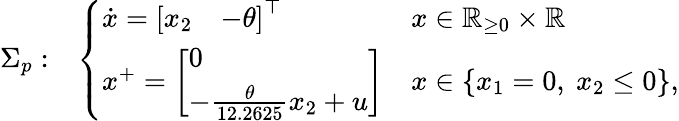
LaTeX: \begin{array}{rl}{\Sigma_{p}:}&{\left\{ \begin{array}{ll}{\dot{x}=\left[\begin{array}{ll}{x_{2}}&{-\theta}\end{array}\right]^{\top}}&{x\in\mathbb{R}_{\geq 0}\times\mathbb{R}}\\ {x^{+}=\left[\begin{array}{l}{0}\\ {-\frac{\theta}{12.2625}x_{2}+u}\end{array}\right]}&{x\in\left\{ x_{1}=0,~x_{2}\leq 0\right\} ,}\end{array}\right.}\end{array}